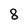
Character: 8